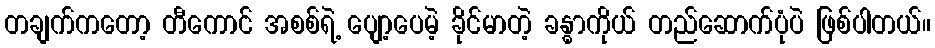
တချက်ကတော့ တီကောင် အစစ်ရဲ့ ပျော့ပေမဲ့ ခိုင်မာတဲ့ ခန္ဓာကိုယ် တည်ဆောက်ပုံပဲ ဖြစ်ပါတယ်။